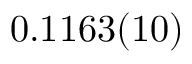
0 . 1 1 6 3 ( 1 0 )